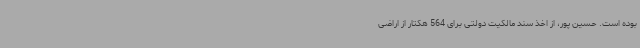
بوده است. حسین پور، از اخذ سند مالکیت دولتی برای 564 هکتار از اراضی